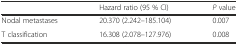
|  | Hazard ratio (95 % CI) | P value |
 | --- | --- | --- |
 | Nodal metastases | 20.370 (2.242–185.104) | 0.007 |
 | T classification | 16.308 (2.078–127.976) | 0.008 |